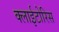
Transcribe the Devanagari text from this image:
क्लाईटोरिस